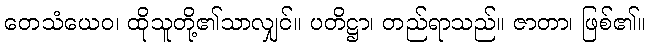
တေသံယေဝ၊ ထိုသူတို့၏သာလျှင်။ ပတိဋ္ဌာ၊ တည်ရာသည်။ ဇာတာ၊ ဖြစ်၏။